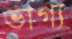
ভাগ্য